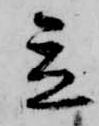
立